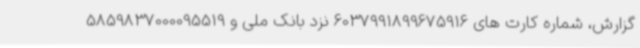
گزارش، شماره کارت های 6037991899675916 نزد بانک ملی و 5859837000095519